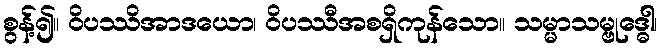
စွန့်၍။ ဝိပဿိအာဒယော၊ ဝိပဿီအစရှိကုန်သော။ သမ္မာသမ္ဗုဒ္ဓေါ၊